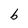
Character: b